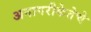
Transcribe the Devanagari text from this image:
अनागरीकेतेचे